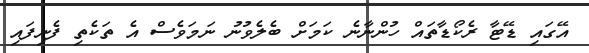
އޭގައި ޑޭޓާ ރެކޯޑާތައް ހުންނާނެ ކަމަށް ބެލެވުނު ނަމަވެސް އެ ތަކެތި ފެނިފައި